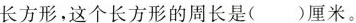
长方形，这个长方形的周长是()厘米。